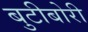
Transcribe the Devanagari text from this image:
बुटीबोरी